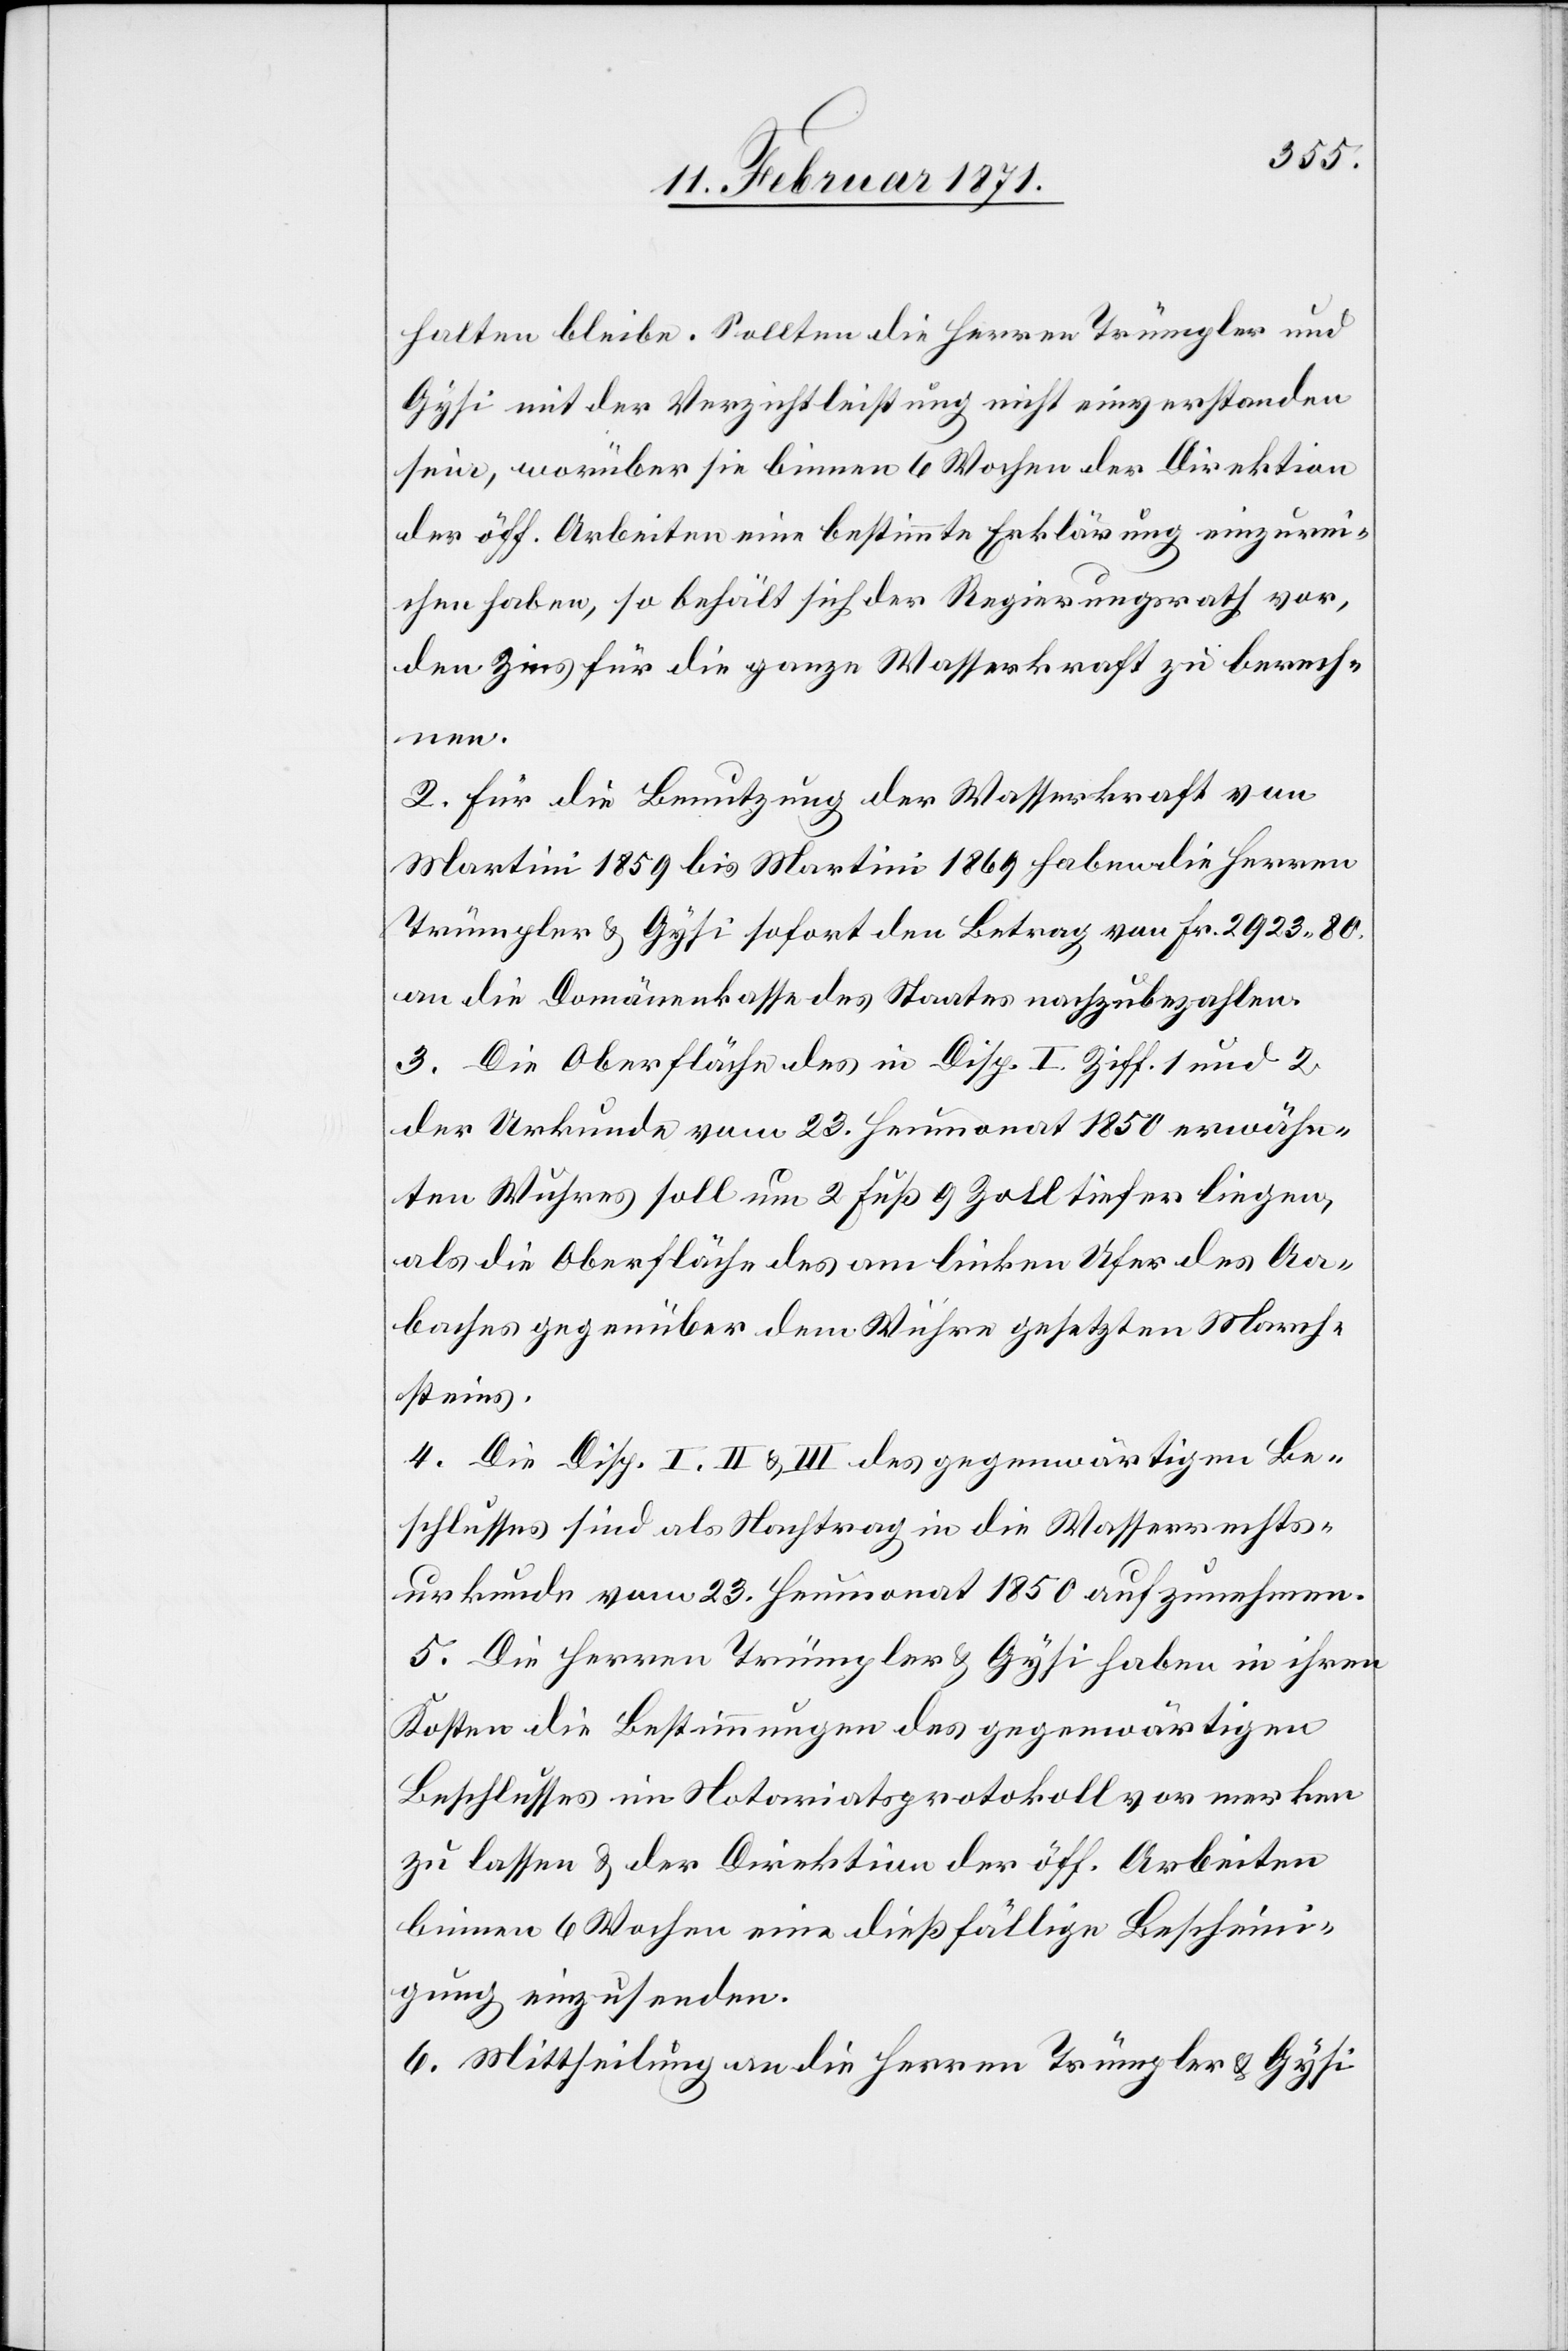
halten bleibe. Sollten die Herren Trümpler und
Gysi mit der Verzichtleistung nicht einverstanden
sein, worüber sie binnen 6 Wochen der Direktion
der öff. Arbeiten eine bestimmte Erklärung einzurei¬
chen haben, so behält sich der Regierungsrath vor,
den Zins für die ganze Wasserkraft zu berech¬
nen.
2. Für die Benutzung der Wasserkraft von
Martini 1859 bis Martini 1869 haben die Herren
Trümpler u. Gysi sofort den Betrag von Fr. 2923.80.
an die Domänenkasse des Staates nachzubezahlen.
3. Die Oberfläche des in Disp. I Ziff. 1 und 2
der Urkunde vom 23. Heumonat 1850 erwähn¬
ten Wuhres soll um 2 Fuß 9 Zoll tiefer liegen,
als die Oberfläche des am linken Ufer des Aa¬
baches gegenüber dem Wuhre gesetzten March¬
steins.
4. Die Disp. I, II u. III des gegenwärtigen Be¬
schlusses sind als Nachtrag in die Wasserrechts¬
urkunde vom 23. Heumonat 1850 aufzunehmen.
5. Die Herren Trümpler u. Gysi haben in ihren
Kosten die Bestimmungen des gegenwärtigen
Beschlusses im Notariatsprotokoll vormerken
zu lassen u. der Direktion der öff. Arbeiten
binnen 6 Wochen eine dießfällige Bescheini¬
gung einzusenden.
6. Mittheilung an die Herren Trümpler u. Gysi